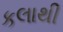
કલાથી